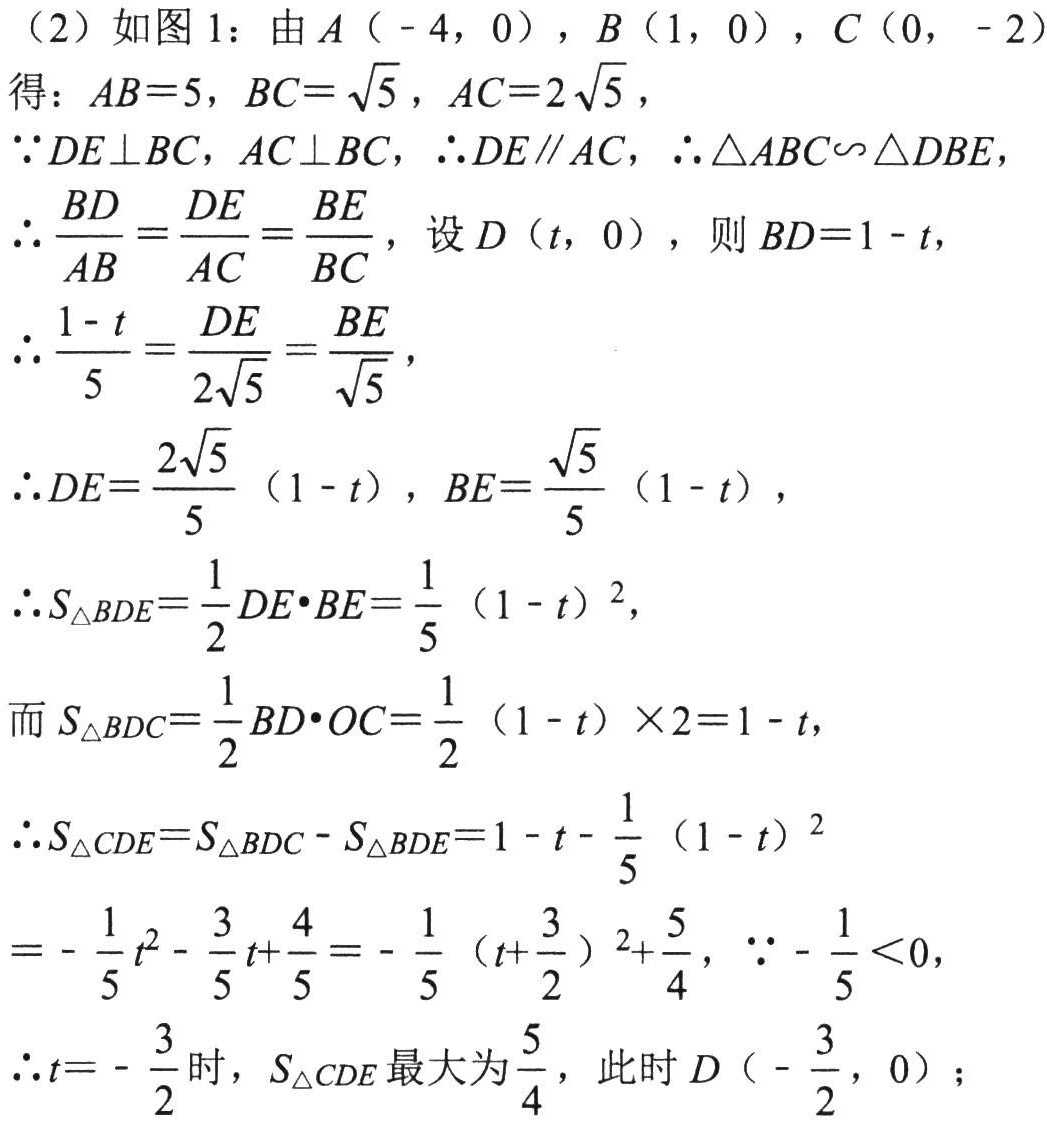
（2）如图 1：由 \(A(-4,0)\)，\(B(1,0)\)，\(C(0,-2)\)

得：\(AB = 5\)，\(BC=\sqrt{5}\)，\(AC = 2\sqrt{5}\)，

\(\because DE\perp BC\)，\(AC\perp BC\)，\(\therefore DE\parallel AC\)，\(\therefore\triangle ABC\backsim\triangle DBE\)，

\(\therefore\frac{BD}{AB}=\frac{DE}{AC}=\frac{BE}{BC}\)，设 \(D(t,0)\)，则 \(BD = 1 - t\)，

\(\therefore\frac{1 - t}{5}=\frac{DE}{2\sqrt{5}}=\frac{BE}{\sqrt{5}}\)，

\(\therefore DE=\frac{2\sqrt{5}}{5}(1 - t)\)，\(BE=\frac{\sqrt{5}}{5}(1 - t)\)，

\(\therefore S_{\triangle BDE}=\frac{1}{2}DE\cdot BE=\frac{1}{5}(1 - t)^{2}\)，

而 \(S_{\triangle BDC}=\frac{1}{2}BD\cdot OC=\frac{1}{2}(1 - t)\times2 = 1 - t\)，

\(\therefore S_{\triangle CDE}=S_{\triangle BDC}-S_{\triangle BDE}=1 - t-\frac{1}{5}(1 - t)^{2}\)

\(=-\frac{1}{5}t^{2}-\frac{3}{5}t+\frac{4}{5}=-\frac{1}{5}(t + \frac{3}{2})^{2}+\frac{5}{4}\)，\(\because-\frac{1}{5}<0\)，

\(\therefore t = -\frac{3}{2}\)时，\(S_{\triangle CDE}\)最大为\(\frac{5}{4}\)，此时 \(D(-\frac{3}{2},0)\)；